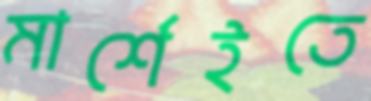
মার্শেইতে